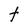
Character: t